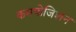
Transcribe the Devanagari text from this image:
कमपोजिशन